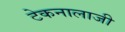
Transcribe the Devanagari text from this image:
टेकनालाजी